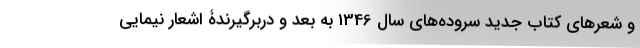
و شعرهای کتاب جدید سروده‌های سال 1346 به بعد و دربرگیرندۀ اشعار نیمایی